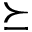
\succeq